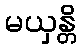
မယှန္တိ